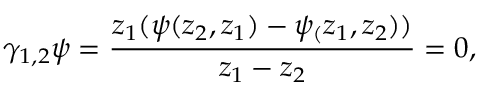
\gamma _ { 1 , 2 } \psi = \frac { z _ { 1 } ( \psi ( z _ { 2 } , z _ { 1 } ) - \psi _ { ( } z _ { 1 } , z _ { 2 } ) ) } { z _ { 1 } - z _ { 2 } } = 0 ,